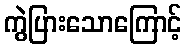
ကွဲပြားသောကြောင့်